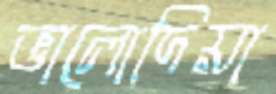
ভালোদিয়া